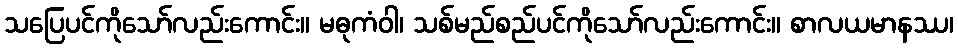
သပြေပင်ကိုသော်လည်းကောင်း။ မဓုကံဝါ၊ သစ်မည်စည်ပင်ကိုသော်လည်းကောင်း။ စာလယမာနဿ၊